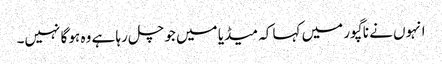
انہوں نے ناگپور میں کہا کہ میڈیا میں جو چل رہا ہے وہ ہو گا نہیں۔